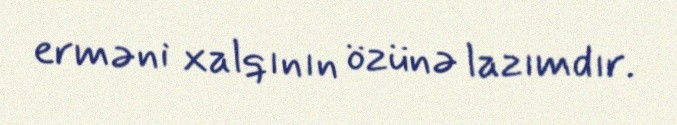
erməni xalqının özünə lazımdır.